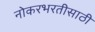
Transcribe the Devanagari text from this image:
नोकरभरतीसाठी